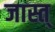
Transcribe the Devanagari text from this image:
जास्त्‌